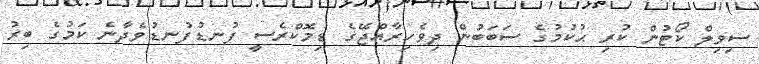
ސިވިލް ކޯޓުން ކުރި ޙުކުމުގެ ސަބަބުން ދިވެހިރާއްޖޭގެ ޑިމޮކްރެސީ ފުނޑުފުނޑުވެދާނެ ކަމުގެ ބިރު